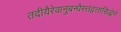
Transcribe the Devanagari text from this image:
तदीयैरेवानुबन्धैस्त्तद्वत्तासिद्धेर्न